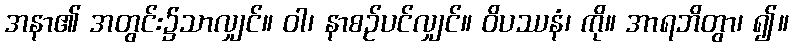
အနာ၏ အတွင်း၌သာလျှင်။ ဝါ၊ နာစဉ်ပင်လျှင်။ ဝိပဿနံ၊ ကို။ အာရဘိတွာ၊ ၍။